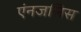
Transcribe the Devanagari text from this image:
एंनजलिस